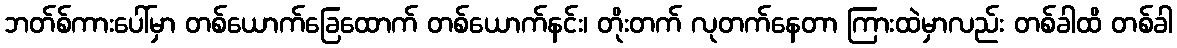
ဘတ်စ်ကားပေါ်မှာ တစ်ယောက်ခြေထောက် တစ်ယောက်နင်း၊ တိုးတက် လုတက်နေတာ ကြားထဲမှာလည်း တစ်ခါထိ တစ်ခါ